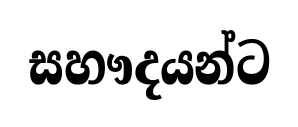
සහෟදයන්ට